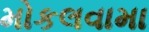
મોકલવામા